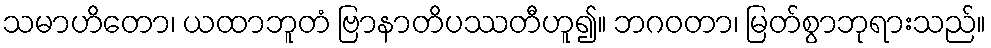
သမာဟိတော၊ ယထာဘူတံ ဗြာနာတိပဿတီဟူ၍။ ဘဂဝတာ၊ မြတ်စွာဘုရားသည်။